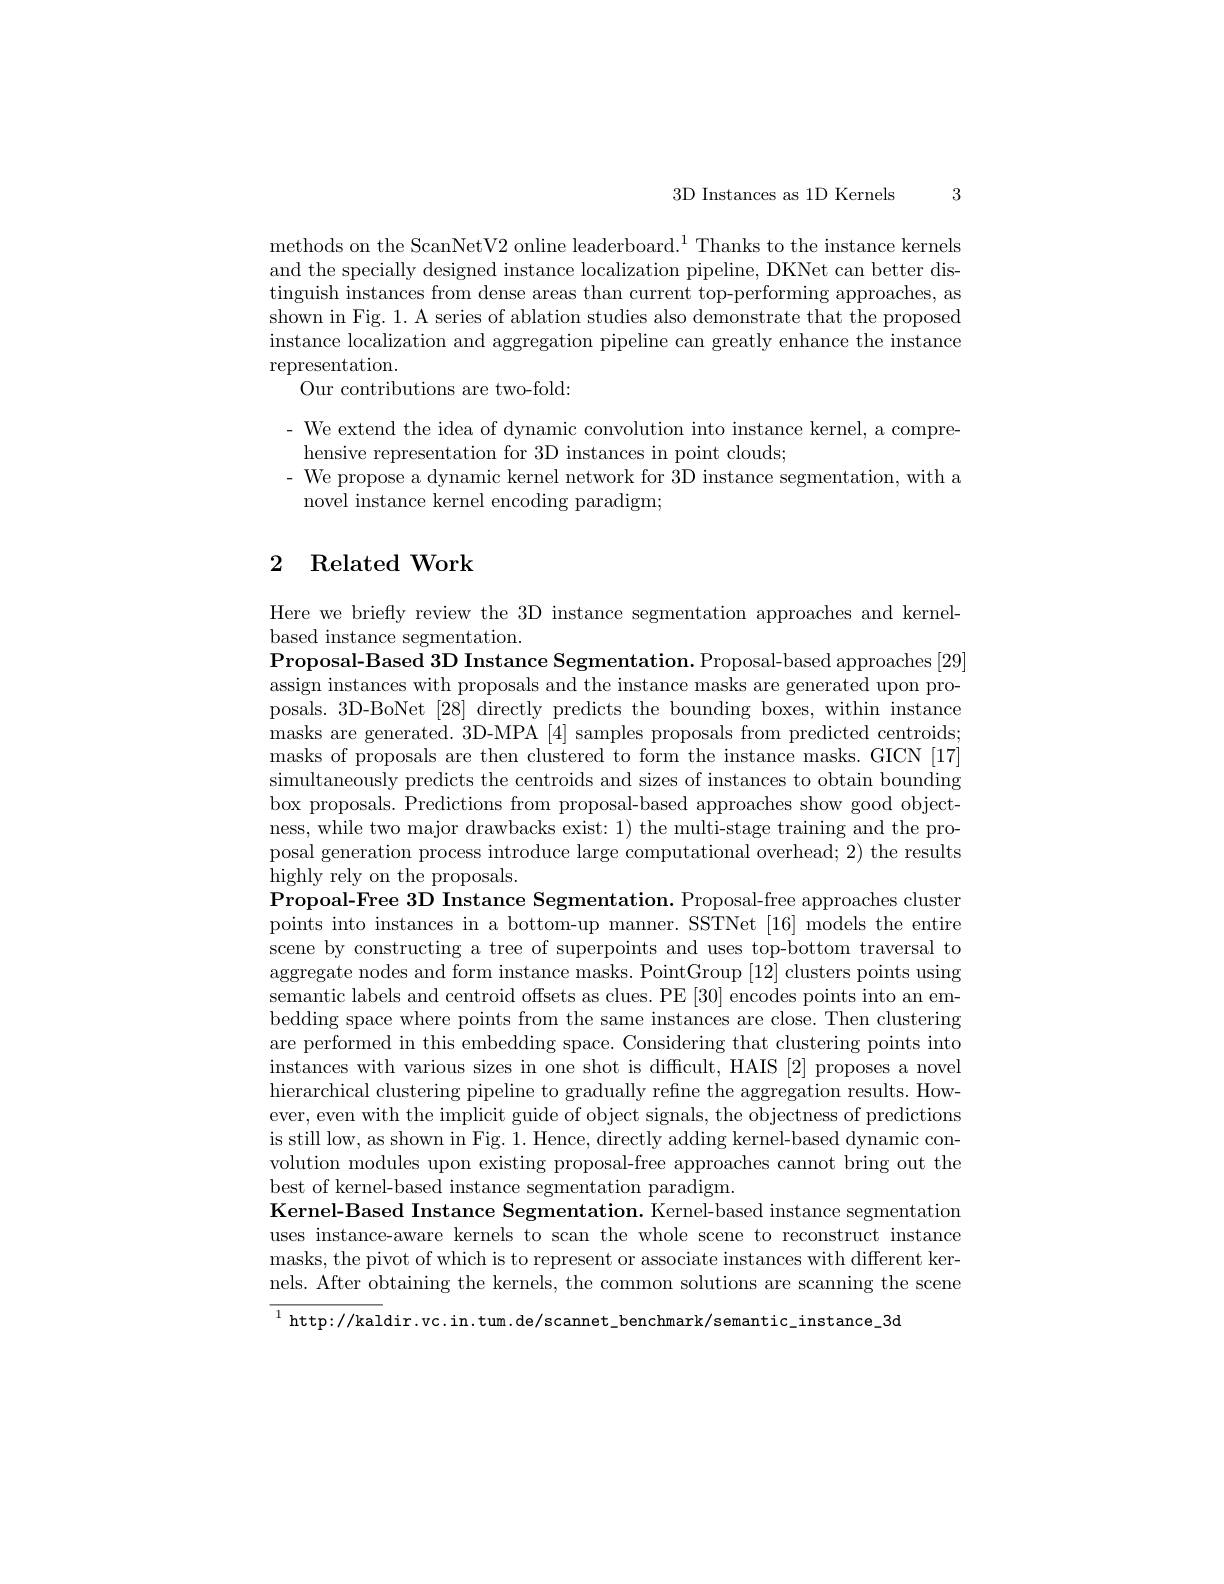
3

3D Instances as 1D Kernels

methods on the ScanNetV2 online leaderboard.$^1$Thanks to the instance kernels and the specially designed instance localization pipeline, DKNet can better distinguish instances from dense areas than current top-performing approaches, as shown in Fig. 1. A series of ablation studies also demonstrate that the proposed instance localization and aggregation pipeline can greatly enhance the instance representation.
Our contributions are two-fold:

- We extend the idea of dynamic convolution into instance kernel, a compre-
hensive representation for 3D instances in point clouds;
- We propose a dynamic kernel network for 3D instance segmentation, with a
novel instance kernel encoding paradigm;

## 2 Related Work

Here we briefly review the 3D instance segmentation approaches and kernel-
based instance segmentation.
Proposal-Based 3D Instance Segmentation. Proposal-based approaches [29] assign instances with proposals and the instance masks are generated upon proposals. 3D-BoNet [28] directly predicts the bounding boxes, within instance masks are generated. 3D-MPA [4] samples proposals from predicted centroids; masks of proposals are then clustered to form the instance masks. GICN [17] simultaneously predicts the centroids and sizes of instances to obtain bounding box proposals. Predictions from proposal-based approaches show good objectness, while two major drawbacks exist: 1) the multi-stage training and the proposal generation process introduce large computational overhead; 2) the results highly rely on the proposals.
Propoal-Free 3D Instance Segmentation. Proposal-free approaches cluster points into instances in a bottom-up manner. SSTNet [16] models the entire scene by constructing a tree of superpoints and uses top-bottom traversal to aggregate nodes and form instance masks. PointGroup [12] clusters points using semantic labels and centroid offsets as clues. PE [30] encodes points into an embedding space where points from the same instances are close. Then clustering are performed in this embedding space. Considering that clustering points into instances with various sizes in one shot is difficult, HAIS [2] proposes a novel hierarchical clustering pipeline to gradually refine the aggregation results. However, even with the implicit guide of object signals, the objectness of predictions is still low, as shown in Fig. 1. Hence, directly adding kernel-based dynamic convolution modules upon existing proposal-free approaches cannot bring out the best of kernel-based instance segmentation paradigm.
Kernel-Based Instance Segmentation. Kernel-based instance segmentation uses instance-aware kernels to scan the whole scene to reconstruct instance masks, the pivot of which is to represent or associate instances with different kernels. After obtaining the kernels, the common solutions are scanning the scene $^{1}$ http://kaldir.vc.in.tum.de/scannet\_benchmark/semantic\_instance\_3d